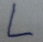
Text: L